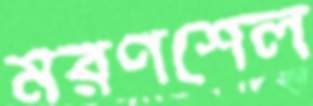
মরণশেল